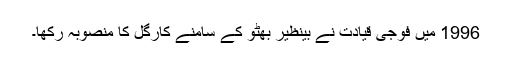
1996 میں فوجی قیادت نے بینظیر بھٹو کے سامنے کارگل کا منصوبہ رکھا۔